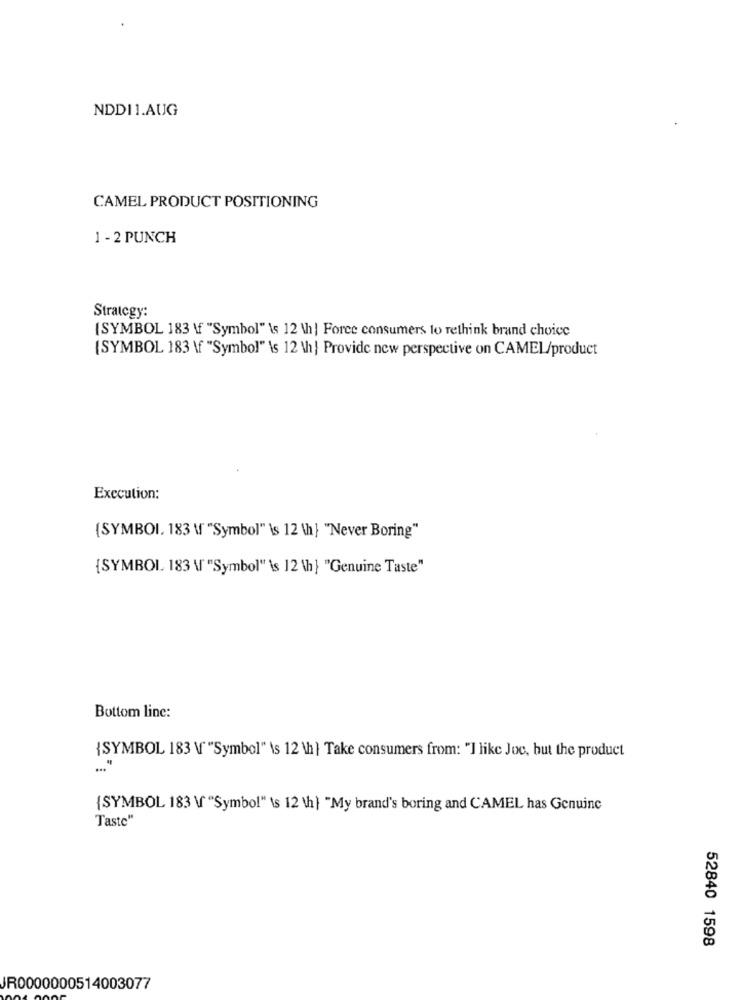
NDDI1.AUG
CAMEL PRODUCT POSITIONING
1 - 2 PUNCH
Strategy:
(SYMBOL 183 \ "Symbol" \s 12 \h] Force consumers to rethink brand choice
[SYMBOL 183 \f "Symbol" \s 12 \h | Provide new perspective on CAMEL/product
Execution:
(SYMBOL. 183 \ "Symbol" \s 12 \h} "Never Boring"
{SYMBOL. 183 \ "Symbol"'s 12 \h} "Genuine Taste"
Bottom line:
{SYMBOL 183 \ "Symbol" \s 12 \h } Take consumers from: "I like Joc, but the product
{SYMBOL 183 \ "Symbol" \s 12 th} "My brand's boring and CAMEL has Genuine
Taste"
52840 1598
JR0000000514003077